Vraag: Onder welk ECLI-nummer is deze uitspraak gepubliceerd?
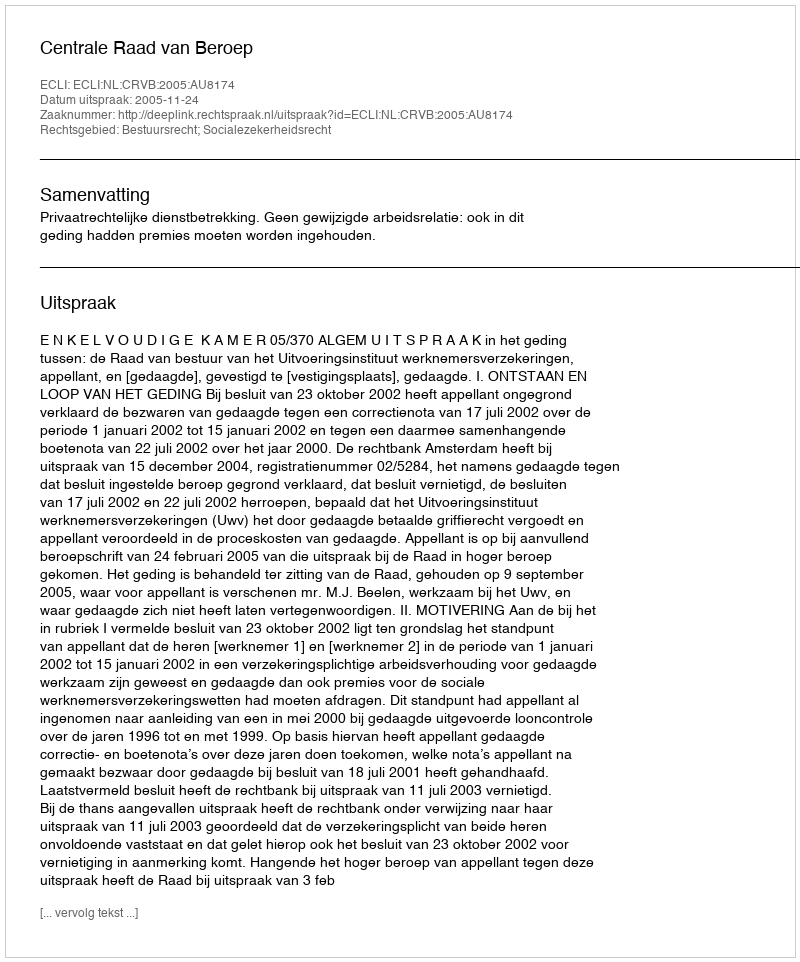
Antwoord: ECLI:NL:CRVB:2005:AU8174